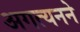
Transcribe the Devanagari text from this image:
अगत्यनने